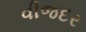
વીજદર